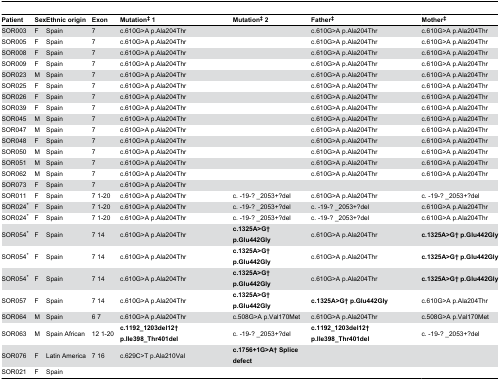
<table><thead><tr><td><b>Patient</b></td><td><b>Sex</b></td><td><b>Ethnic origin</b></td><td><b>Exon</b></td><td><b>Mutation‡ 1</b></td><td><b>Mutation‡ 2</b></td><td><b>Father‡</b></td><td><b>Mother‡</b></td></tr></thead><tbody><tr><td>SOR003</td><td>F</td><td>Spain</td><td>7</td><td>c.610G&gt;A p.Ala204Thr</td><td></td><td>c.610G&gt;A p.Ala204Thr</td><td>c.610G&gt;A p.Ala204Thr</td></tr><tr><td>SOR005</td><td>F</td><td>Spain</td><td>7</td><td>c.610G&gt;A p.Ala204Thr</td><td></td><td>c.610G&gt;A p.Ala204Thr</td><td>c.610G&gt;A p.Ala204Thr</td></tr><tr><td>SOR008</td><td>F</td><td>Spain</td><td>7</td><td>c.610G&gt;A p.Ala204Thr</td><td></td><td>c.610G&gt;A p.Ala204Thr</td><td>c.610G&gt;A p.Ala204Thr</td></tr><tr><td>SOR009</td><td>F</td><td>Spain</td><td>7</td><td>c.610G&gt;A p.Ala204Thr</td><td></td><td>c.610G&gt;A p.Ala204Thr</td><td>c.610G&gt;A p.Ala204Thr</td></tr><tr><td>SOR023</td><td>M</td><td>Spain</td><td>7</td><td>c.610G&gt;A p.Ala204Thr</td><td></td><td>c.610G&gt;A p.Ala204Thr</td><td>c.610G&gt;A p.Ala204Thr</td></tr><tr><td>SOR025</td><td>F</td><td>Spain</td><td>7</td><td>c.610G&gt;A p.Ala204Thr</td><td></td><td>c.610G&gt;A p.Ala204Thr</td><td>c.610G&gt;A p.Ala204Thr</td></tr><tr><td>SOR026</td><td>F</td><td>Spain</td><td>7</td><td>c.610G&gt;A p.Ala204Thr</td><td></td><td>c.610G&gt;A p.Ala204Thr</td><td>c.610G&gt;A p.Ala204Thr</td></tr><tr><td>SOR039</td><td>F</td><td>Spain</td><td>7</td><td>c.610G&gt;A p.Ala204Thr</td><td></td><td>c.610G&gt;A p.Ala204Thr</td><td>c.610G&gt;A p.Ala204Thr</td></tr><tr><td>SOR045</td><td>M</td><td>Spain</td><td>7</td><td>c.610G&gt;A p.Ala204Thr</td><td></td><td>c.610G&gt;A p.Ala204Thr</td><td>c.610G&gt;A p.Ala204Thr</td></tr><tr><td>SOR047</td><td>M</td><td>Spain</td><td>7</td><td>c.610G&gt;A p.Ala204Thr</td><td></td><td>c.610G&gt;A p.Ala204Thr</td><td>c.610G&gt;A p.Ala204Thr</td></tr><tr><td>SOR048</td><td>F</td><td>Spain</td><td>7</td><td>c.610G&gt;A p.Ala204Thr</td><td></td><td>c.610G&gt;A p.Ala204Thr</td><td>c.610G&gt;A p.Ala204Thr</td></tr><tr><td>SOR050</td><td>M</td><td>Spain</td><td>7</td><td>c.610G&gt;A p.Ala204Thr</td><td></td><td>c.610G&gt;A p.Ala204Thr</td><td>c.610G&gt;A p.Ala204Thr</td></tr><tr><td>SOR051</td><td>M</td><td>Spain</td><td>7</td><td>c.610G&gt;A p.Ala204Thr</td><td></td><td>c.610G&gt;A p.Ala204Thr</td><td>c.610G&gt;A p.Ala204Thr</td></tr><tr><td>SOR062</td><td>M</td><td>Spain</td><td>7</td><td>c.610G&gt;A p.Ala204Thr</td><td></td><td>c.610G&gt;A p.Ala204Thr</td><td>c.610G&gt;A p.Ala204Thr</td></tr><tr><td>SOR073</td><td>F</td><td>Spain</td><td>7</td><td>c.610G&gt;A p.Ala204Thr</td><td></td><td></td><td></td></tr><tr><td>SOR011</td><td>F</td><td>Spain</td><td>7 1-20</td><td>c.610G&gt;A p.Ala204Thr</td><td>c. -19-? _2053+?del</td><td>c.610G&gt;A p.Ala204Thr</td><td>c. -19-? _2053+?del</td></tr><tr><td>SOR024*</td><td>F</td><td>Spain</td><td>7 1-20</td><td>c.610G&gt;A p.Ala204Thr</td><td>c. -19-? _2053+?del</td><td>c. -19-? _2053+?del</td><td>c.610G&gt;A p.Ala204Thr</td></tr><tr><td>SOR024*</td><td>F</td><td>Spain</td><td>7 1-20</td><td>c.610G&gt;A p.Ala204Thr</td><td>c. -19-? _2053+?del</td><td>c. -19-? _2053+?del</td><td>c.610G&gt;A p.Ala204Thr</td></tr><tr><td>SOR054*</td><td>F</td><td>Spain</td><td>7 14</td><td>c.610G&gt;A p.Ala204Thr</td><td><b>c.1325A&gt;G† p.Glu442Gly</b></td><td>c.610G&gt;A p.Ala204Thr</td><td><b>c.1325A&gt;G† p.Glu442Gly</b></td></tr><tr><td>SOR054*</td><td>F</td><td>Spain</td><td>7 14</td><td>c.610G&gt;A p.Ala204Thr</td><td><b>c.1325A&gt;G† p.Glu442Gly</b></td><td>c.610G&gt;A p.Ala204Thr</td><td><b>c.1325A&gt;G† p.Glu442Gly</b></td></tr><tr><td>SOR054*</td><td>F</td><td>Spain</td><td>7 14</td><td>c.610G&gt;A p.Ala204Thr</td><td><b>c.1325A&gt;G† p.Glu442Gly</b></td><td>c.610G&gt;A p.Ala204Thr</td><td><b>c.1325A&gt;G† p.Glu442Gly</b></td></tr><tr><td>SOR057</td><td>F</td><td>Spain</td><td>7 14</td><td>c.610G&gt;A p.Ala204Thr</td><td><b>c.1325A&gt;G† p.Glu442Gly</b></td><td><b>c.1325A&gt;G† p.Glu442Gly</b></td><td>c.610G&gt;A p.Ala204Thr</td></tr><tr><td>SOR064</td><td>M</td><td>Spain</td><td>6 7</td><td>c.610G&gt;A p.Ala204Thr</td><td>c.508G&gt;A p.Val170Met</td><td>c.610G&gt;A p.Ala204Thr</td><td>c.508G&gt;A p.Val170Met</td></tr><tr><td>SOR063</td><td>M</td><td>Spain African</td><td>12 1-20</td><td><b>c.1192_1203del12† p.Ile398_Thr401del</b></td><td>c. -19-? _2053+?del</td><td><b>c.1192_1203del12† p.Ile398_Thr401del</b></td><td>c. -19-? _2053+?del</td></tr><tr><td>SOR076</td><td>F</td><td>Latin America</td><td>7 16</td><td>c.629C&gt;T p.Ala210Val</td><td><b>c.1756+1G&gt;A† Splice defect</b></td><td></td><td></td></tr><tr><td>SOR021</td><td>F</td><td>Spain</td><td></td><td></td><td></td><td></td><td></td></tr></tbody></table>